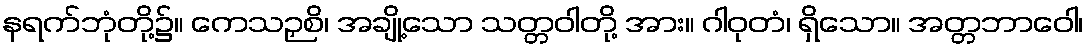
နရက်ဘုံတို့၌။ ကေသဉှစိ၊ အချို့သော သတ္တဝါတို့ အား။ ဂါဝုတံ၊ ရှိသော။ အတ္တဘာဝေါ၊